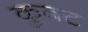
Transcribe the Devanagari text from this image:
कुबट